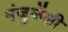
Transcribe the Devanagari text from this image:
मंजुळेंशी